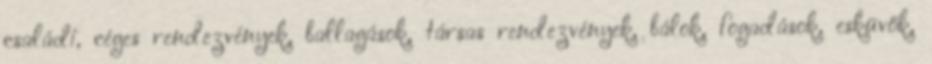
családi, céges rendezvények, ballagások, társas rendezvények, bálok, fogadások, esküvők,